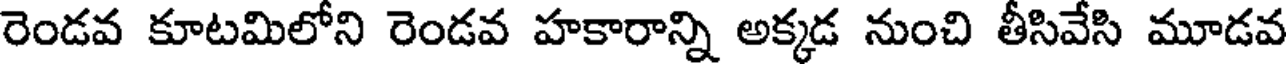
రెండవ కూటమిలోని రెండవ హకారాన్ని అక్కడ నుంచి తీసివేసి మూడవ